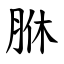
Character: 䏫